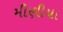
મીણીયા